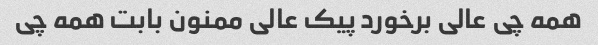
همه چی عالی برخورد پیک عالی‌ ممنون بابت همه چی